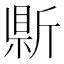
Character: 𭤣